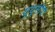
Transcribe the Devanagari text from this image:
यूयूसीपी